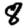
Digit: 8